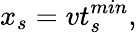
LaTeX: x_{s}=vt_{s}^{min},